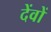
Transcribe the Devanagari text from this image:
देंवों